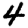
Digit: 4